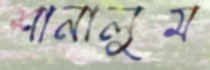
শানালুম